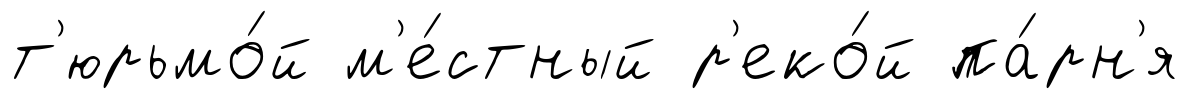
т'юрьмо́й м'е́стный р'еко́й па́рн'я